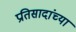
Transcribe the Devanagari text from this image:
प्रतिसादांच्या